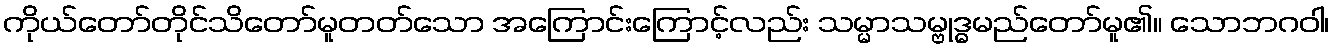
ကိုယ်တော်တိုင်သိတော်မူတတ်သော အကြောင်းကြောင့်လည်း သမ္မာသမ္ဗုဒ္ဓမည်တော်မူ၏။ သောဘဂဝါ၊